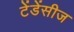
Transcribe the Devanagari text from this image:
टेंडेंसीज